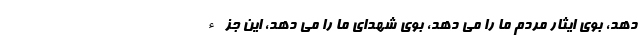
دهد، بوی ایثار مردم ما را می دهد، بوی شهدای ما را می دهد، این جزء